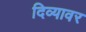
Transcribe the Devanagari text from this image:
दिव्यावर